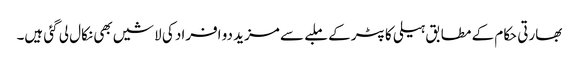
بھارتی حکام کے مطابق ہیلی کاپٹر کے ملبے سے مزید دو افراد کی لاشیں بھی نکال لی گئی ہیں۔